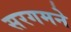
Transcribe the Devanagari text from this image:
सरगमने